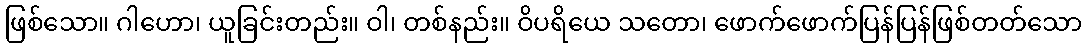
ဖြစ်သော။ ဂါဟော၊ ယူခြင်းတည်း။ ဝါ၊ တစ်နည်း။ ဝိပရိယေ သတော၊ ဖောက်ဖောက်ပြန်ပြန်ဖြစ်တတ်သော